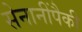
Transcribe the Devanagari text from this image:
सेनानींपैकी